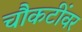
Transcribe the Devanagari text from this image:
चौकटींवर